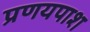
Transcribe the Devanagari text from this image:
प्रणयपाश